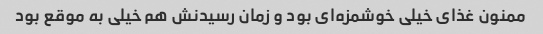
ممنون غذای خیلی خوشمزه‌ای بود و زمان رسیدنش هم خیلی به موقع بود